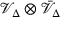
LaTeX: { \mathcal { V } } _ { \Delta } \otimes { \bar { \mathcal { V } } } _ { \Delta }